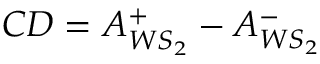
C D = A _ { W S _ { 2 } } ^ { + } - A _ { W S _ { 2 } } ^ { - }